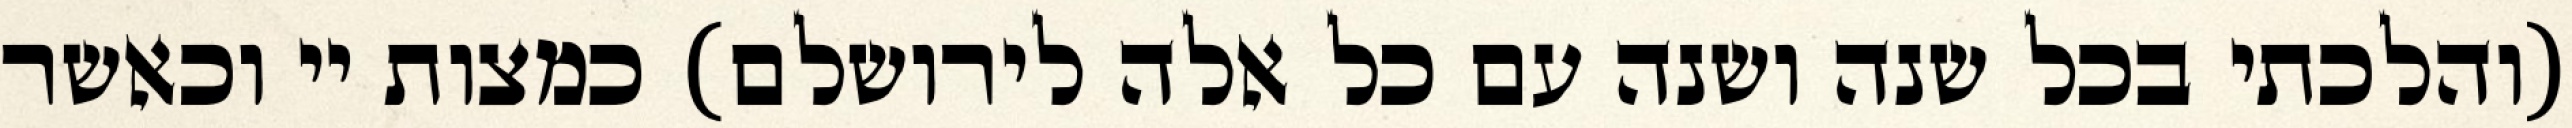
(והלכתי בכל שנה ושנה עם כל אלה לירושלם) כמצות יי וכאשר